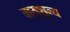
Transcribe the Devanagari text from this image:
वायुशून्य